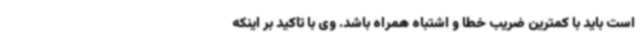
است باید با کمترین ضریب خطا و اشتباه همراه باشد. وی با تاکید بر اینکه